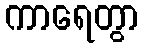
ကာရေတွာ